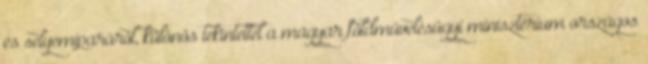
és selyemiparáról, különös tekintettel a magyar földművelésügyi minisztérium országos